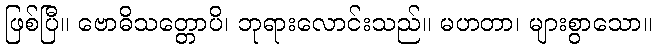
ဖြစ်ပြီ။ ဗောဓိသတ္တောပိ၊ ဘုရားလောင်းသည်။ မဟတာ၊ များစွာသော။